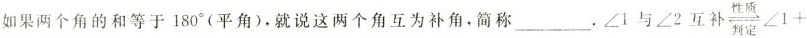
如果两个角的和等于180°(平角)，就说这两个角互为补角，简称 ___ 。∠1与∠2互补 $$ \frac{t}{}\angle 1 + $$